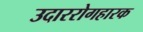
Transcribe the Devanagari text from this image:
उदाररोगहारक